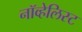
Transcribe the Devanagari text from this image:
नॉव्हेलिस्ट